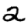
Digit: 2